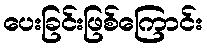
ပေးခြင်းဖြစ်ကြောင်း